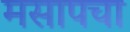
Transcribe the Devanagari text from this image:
मसापचा